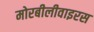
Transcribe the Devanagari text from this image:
मोरबीलीवाइरस